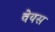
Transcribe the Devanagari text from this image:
वेयस